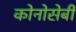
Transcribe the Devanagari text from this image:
कोनोसेबी